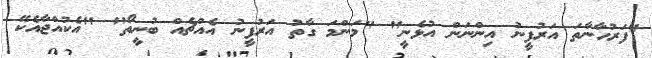
"ފަރުހާނާތަ އަރުފީނު އިންނަން އުޅެނީ" "މަންމަ ގާތު އަރުފީނު އެއްޗެއް ބުނީތޯ" "އެކުއްޖާއެކޭ